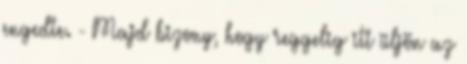
engedte. - Majd bizony, hogy reggelig itt üljön az